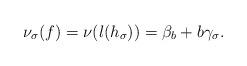
LaTeX: \begin{align*}\nu_\sigma(f)=\nu(l(h_\sigma))=\beta_b+b\gamma_\sigma.\end{align*}